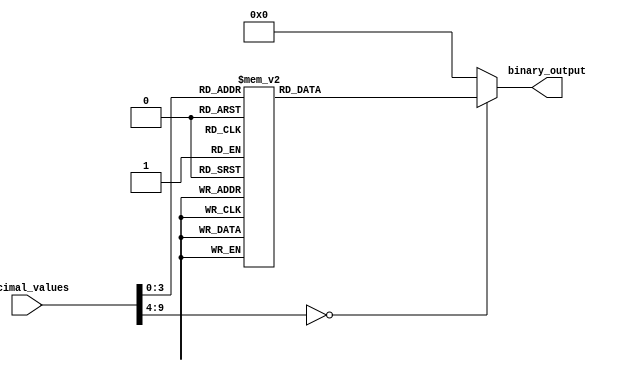
module decimal_priority_encoder (
    input [9:0] decimal_values,
    output reg [3:0] binary_output
);

always @* begin
    case (decimal_values)
        10'd9: binary_output = 4'b1001;
        10'd8: binary_output = 4'b1000;
        10'd7: binary_output = 4'b0111;
        10'd6: binary_output = 4'b0110;
        10'd5: binary_output = 4'b0101;
        10'd4: binary_output = 4'b0100;
        10'd3: binary_output = 4'b0011;
        10'd2: binary_output = 4'b0010;
        10'd1: binary_output = 4'b0001;
        10'd0: binary_output = 4'b0000;
        default: binary_output = 4'b0000; // Default output when no valid decimal input is received
    endcase
end

endmodule